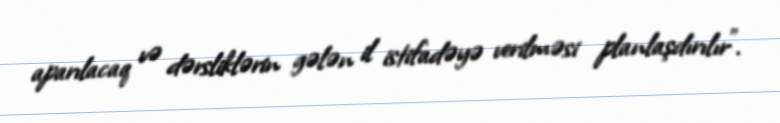
aparılacaq və dərsliklərin gələn il istifadəyə verilməsi planlaşdırılır".